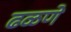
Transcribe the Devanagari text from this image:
ढळणे